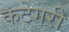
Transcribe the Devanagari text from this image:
कटेगरी